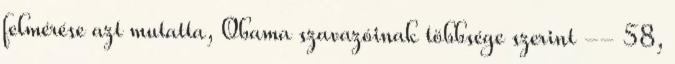
felmérése azt mutatta, Obama szavazóinak többsége szerint -- 58,